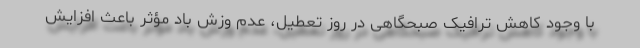
با وجود کاهش ترافیک صبحگاهی در روز تعطیل، عدم وزش باد مؤثر باعث افزایش